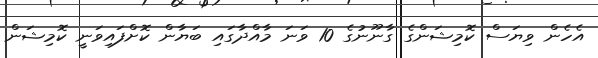
އެހެން ވިޔަސް ކޮމިޝަންގެ ގާނޫނުގެ 10 ވަނަ މާއްދާގައި ބަޔާން ކޮށްފައިވަނީ ކޮމިޝަން